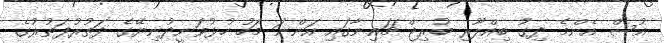
އުސް އެންމެ ދިގު ބިއްލޫރި ބުރިޖް ޗައިނާގައި އަންނަ މަހު ހުޅުވަނީދުނިޔޭގެ ދަތުރުފަތުރުގެ